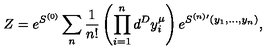
Z = e ^ { S ^ { ( 0 ) } } \sum _ { n } { \frac { 1 } { n ! } } \left( \prod _ { i = 1 } ^ { n } d ^ { D } y _ { i } ^ { \mu } \right) e ^ { S ^ { ( n ) \prime } ( y _ { 1 } , \dots , y _ { n } ) } ,